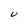
Character: U